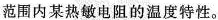
范围内某热敏电阻的温度特性。